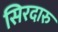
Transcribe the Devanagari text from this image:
सिरदारु